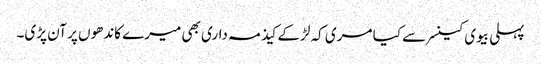
پہلی بیوی کینسر سے کیا مری کہ لڑکے کیذ مہ داری بھی میرے کاندھوں پر آن پڑی۔